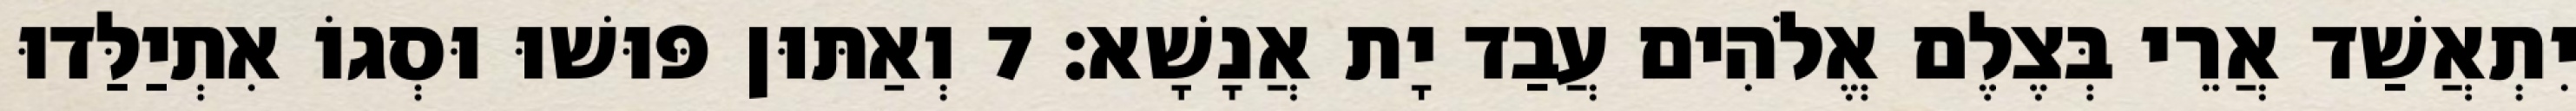
יִתְאֲשַׁד אֲרֵי בְּצֶלֶם אֱלֹהִים עֲבַד יָת אֲנָשָׁא׃ 7 וְאַתּוּן פּוּשׁוּ וּסְגוֹ אִתְיַלַּדוּ